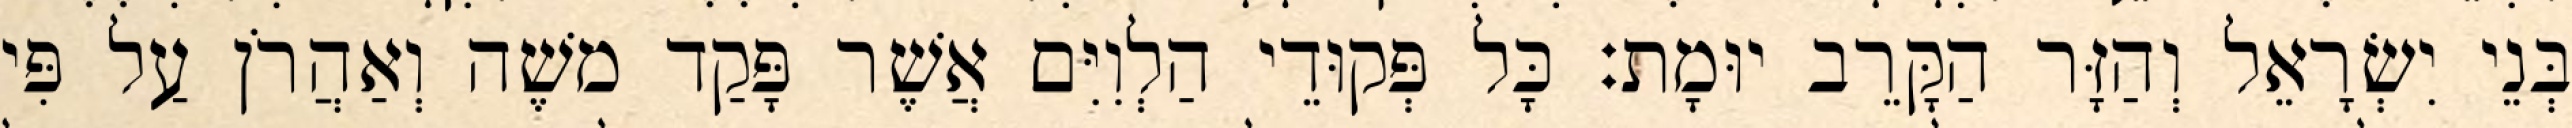
בְּנֵי יִשְׂרָאֵל וְהַזָּר הַקָּרֵב יוּמָת׃ כָּל פְּקוּדֵי הַלְוִיִּם אֲשֶׁר פָּקַד משֶׁה וְאַהֲרֹן עַל פִּי